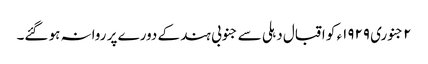
٢ جنوری ١٩٢٩ء کو اقبال دہلی سے جنوبی ہند کے دورے پر روانہ ہو گئے۔